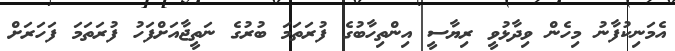
އެމަނިކުފާނު މިހެން ވިދާޅުވީ ރިޔާސީ އިންތިހާބުގެ ފުރަތަމަ ބުރުގެ ނަތީޖާއަށްފަހު ފުރަތަމަ ފަހަރަށް